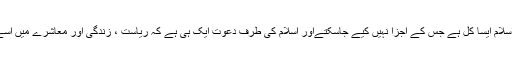
اس کی وجہ یہ ہے کہ اسلام ایسا کُل ہے جس کے اجزا نہیں کیے جاسکتےاور اسلام کی طرف دعوت ایک ہی ہے کہ ریاست ، زندگی اور معاشرے میں اسے نافذ کرنے کیا جائے۔